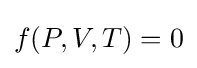
f(P,V,T)=0